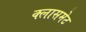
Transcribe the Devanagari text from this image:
क्लासमेट